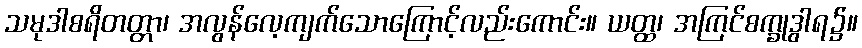
သမုဒါစရိတတ္တာ၊ အလွန်လေ့ကျက်သောကြောင့်လည်းကောင်း။ ယတ္ထ၊ အကြင်စက္ခုဒွါရ၌။